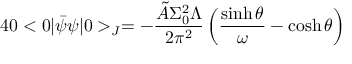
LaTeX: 4 0 < 0 \vert \bar { \psi } \psi \vert 0 > _ { J } = - \frac { \tilde { A } \Sigma _ { 0 } ^ { 2 } \Lambda } { 2 \pi ^ { 2 } } \left( \frac { \sinh \theta } { \omega } - \cosh \theta \right)